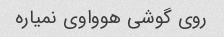
روی گوشی هوواوی نمیاره